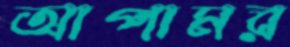
আপামর